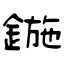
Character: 鍦